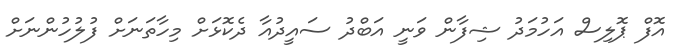
އޮފް ޕޮލިސް އަހުމަދު ޝިފާން ވަނީ އަބްދު ސައީދުއާ ދެކޮޅަށް މިހާތަނަށް ފުލުހުންނަށް